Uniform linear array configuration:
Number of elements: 24
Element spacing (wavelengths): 0.25
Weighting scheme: exponential
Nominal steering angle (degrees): -60
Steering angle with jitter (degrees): -60.18
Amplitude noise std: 0.05
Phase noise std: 0.05

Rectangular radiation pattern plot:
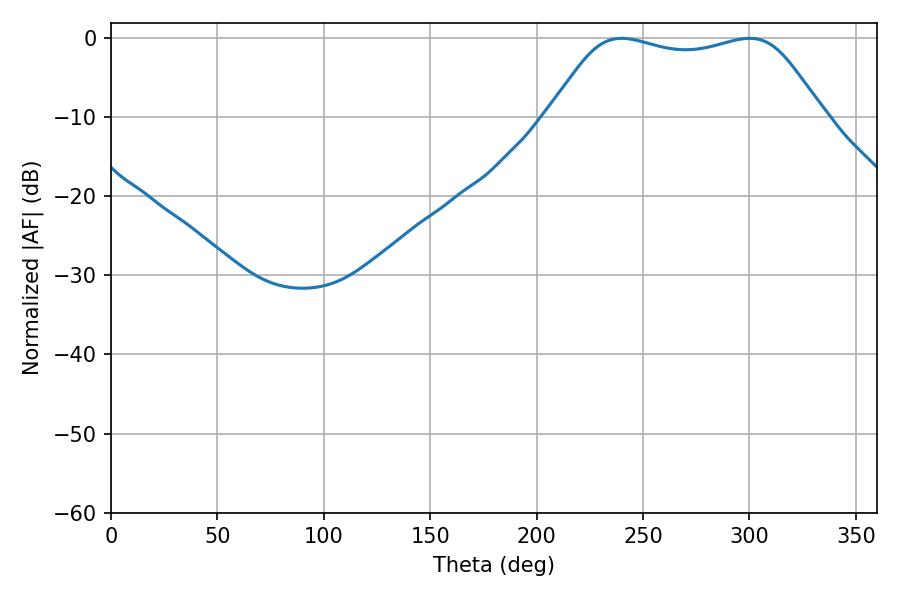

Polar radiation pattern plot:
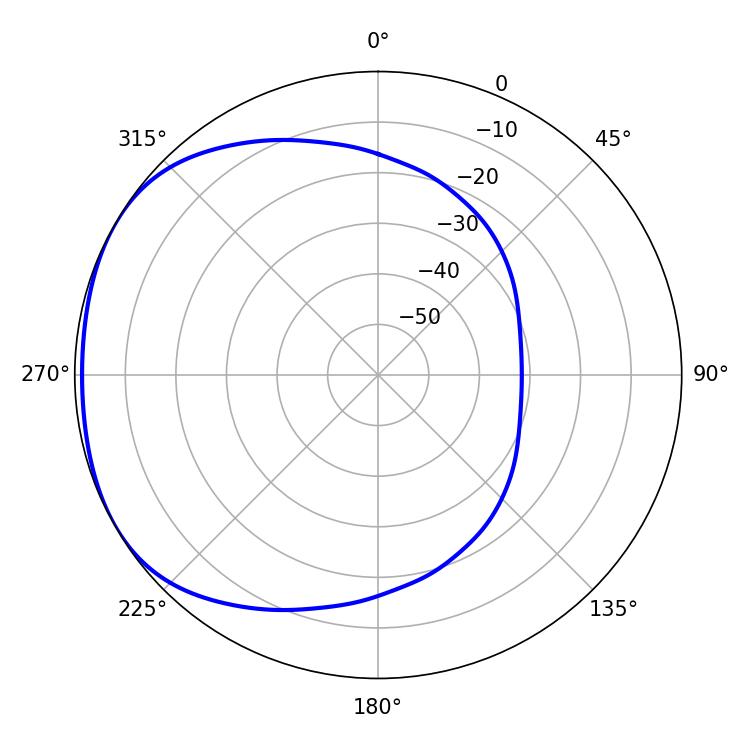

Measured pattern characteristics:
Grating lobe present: FALSE
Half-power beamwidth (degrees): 97.2
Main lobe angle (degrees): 239.94